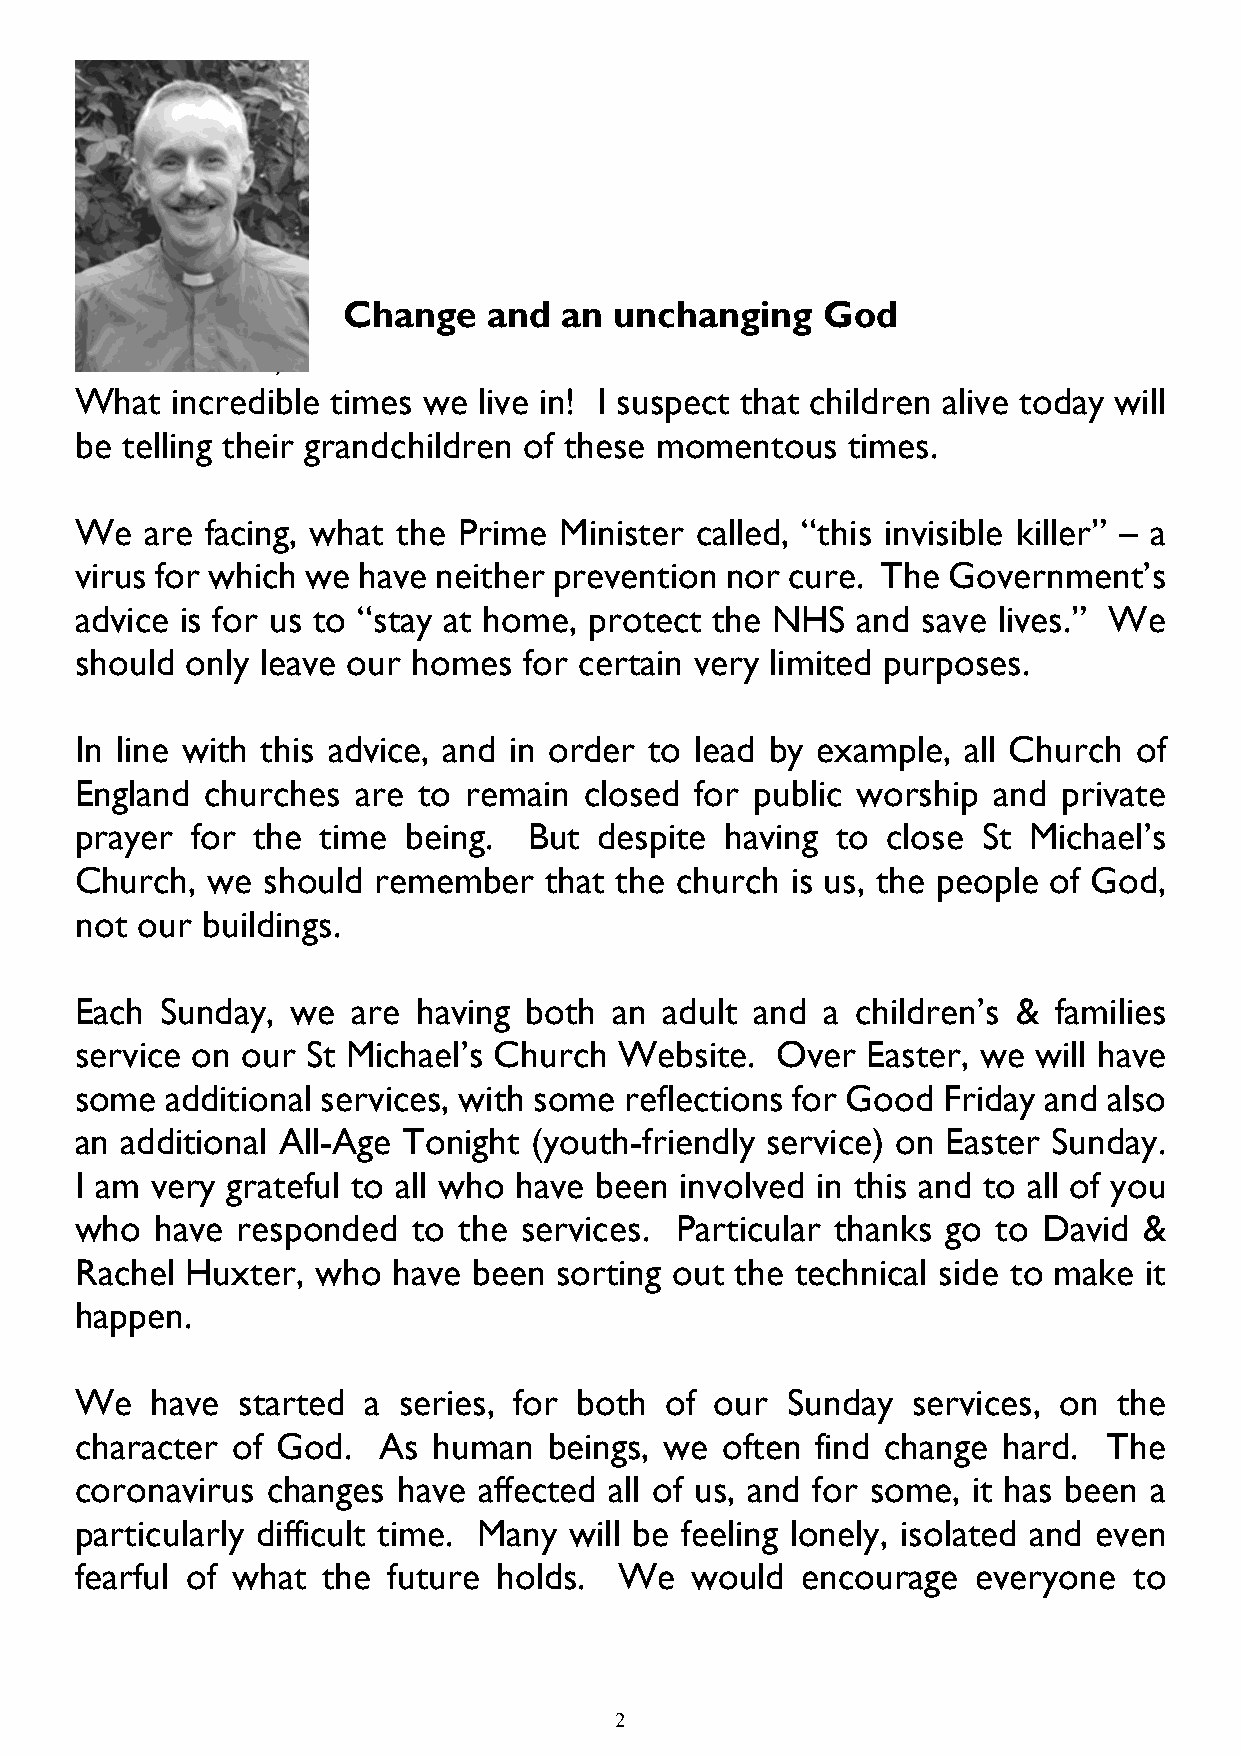
Change   and  an  unchanging   God
 Dear  Friends,
 What  incredible times we  live in! I suspect that children alive today will
 be telling their grandchildren of these momentous  times.
 We   are facing, what the Prime Minister called, “this invisible killer” – a
 virus for which we have neither prevention nor cure. The  Government’s
 advice is for us to “stay at home, protect the NHS  and save lives.” We
 should only leave our homes   for certain very limited purposes.
 In line with this advice, and in order to lead by example, all Church of
 England  churches  are to remain  closed for public worship  and private
 prayer  for the time  being.  But  despite having to  close St Michael’s
 Church,  we should  remember   that the church is us, the people of God,
 not our buildings.
 Each  Sunday, we  are  having both  an adult and a  children’s & families
 service on our St Michael’s Church  Website.  Over  Easter, we will have
 some  additional services, with some reflections for Good Friday and also
 an additional All-Age Tonight (youth-friendly service) on Easter Sunday.
 I am very grateful to all who have been involved in this and to all of you
 who  have  responded  to the services.  Particular thanks go to David  &
 Rachel Huxter,  who  have been  sorting out the technical side to make it
 happen.
 We   have  started a series, for both  of our  Sunday  services, on  the
 character of God.   As  human  beings, we  often find change hard.  The
 coronavirus  changes have  affected all of us, and for some, it has been a
 particularly difficult time. Many will be feeling lonely, isolated and even
 fearful of what the  future holds.  We   would  encourage   everyone  to
 2